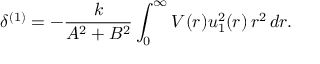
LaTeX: \delta ^ { ( 1 ) } = - \frac { k } { A ^ { 2 } + B ^ { 2 } } \int _ { 0 } ^ { \infty } V ( r ) u _ { 1 } ^ { 2 } ( r ) \, r ^ { 2 } \, d r .